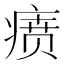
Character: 𬏷